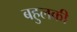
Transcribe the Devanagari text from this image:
बहुलकी